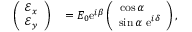
\begin{array} { r l } { \left( \begin{array} { c } { \mathcal { E } _ { x } } \\ { \mathcal { E } _ { y } } \end{array} \right) } & { { } = E _ { 0 } \mathrm { e } ^ { i \beta } \left( \begin{array} { c } { \cos \alpha \ \ \ \ } \\ { \sin \alpha \ \mathrm { e } ^ { i \delta } } \end{array} \right) , } \end{array}